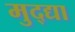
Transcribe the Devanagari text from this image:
मुद्द्या